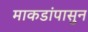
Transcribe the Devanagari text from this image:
माकडांपासुन